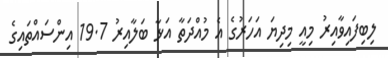
ލިބިފައިވާއިރު މިއީ މިދިޔަ އަހަރުގެ އެ މުއްދަތާ އަޅާ ބަލާއިރު 19.7 އިންސައްތައިގެ